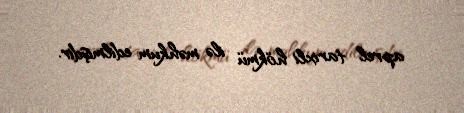
aprel tarixli hökmü ilə məhkum edilmişdir.